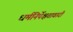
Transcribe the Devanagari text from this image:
धर्मनिर्पेक्षतावादी